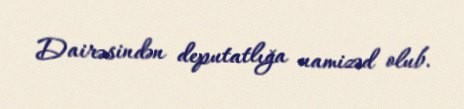
Dairəsindən deputatlığa namizəd olub.